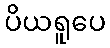
ပိယရူပေ